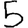
Digit: 5